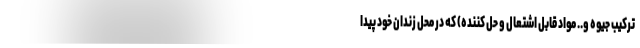
ترکیب جیوه و.. مواد قابل اشتعال و حل کننده) که در محل زندان خود پیدا